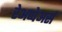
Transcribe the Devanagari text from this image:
रेअप्पेअर्स